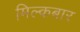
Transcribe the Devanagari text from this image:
मिल्कबार